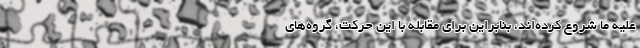
علیه ما شروع کرده‌اند، بنابراین برای مقابله با این حرکت، گروه‌های